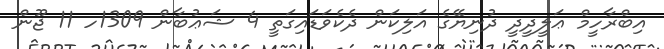
އިބްރާހީމް ޢަލީދީދީ ދުނިޔޭގެ އަލިކަން ދެކެވަޑައިގަތީ 4 ޝަޢުބާން 1309ހ 11 ޖޫން